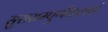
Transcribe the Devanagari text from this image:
सुरासम्पूर्णकलशं